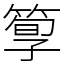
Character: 箰